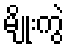
မျိုးကွဲ